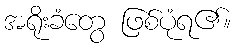
အရိုးခံတွေ ဖြစ်ပုံရ၏။